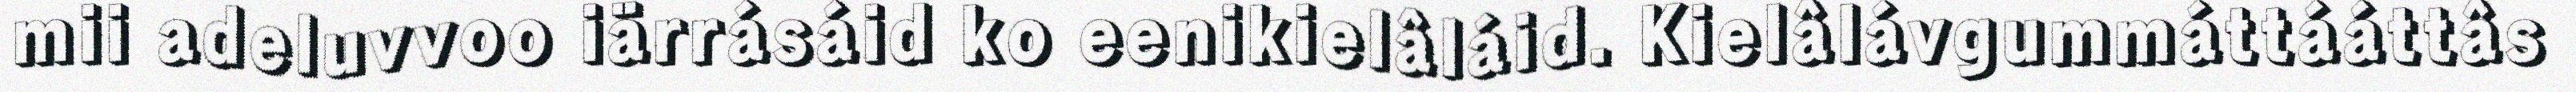
mii adeluvvoo iärrásáid ko eenikielâláid. Kielâlávgummáttááttâs